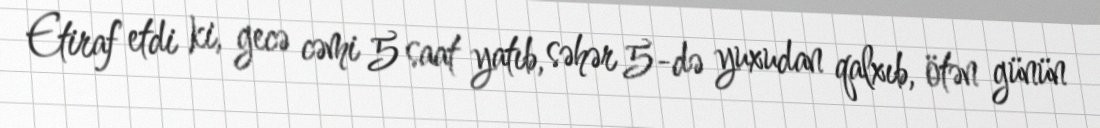
Etiraf etdi ki, gecə cəmi 5 saat yatıb, səhər 5-də yuxudan qalxıb, ötən günün